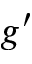
g ^ { \prime }